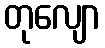
တုလျော